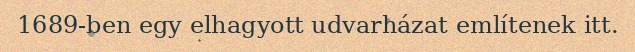
1689-ben egy elhagyott udvarházat említenek itt.